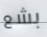
بشع